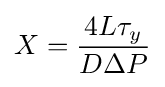
X={\frac {4L\tau _{y}}{D\Delta P}}